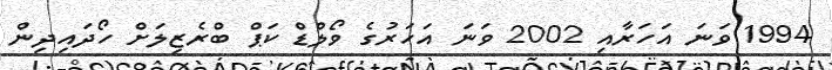
1994 ވަނަ އަހަރާއި 2002 ވަނަ އަހަރުގެ ވޯލްޑް ކަޕް ބްރެޒިލަށް ހޯދައިދިން